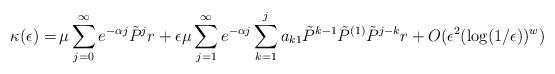
LaTeX: \begin{align*}\kappa(\epsilon) =\,& \mu\sum_{j=0}^{\infty} e^{-\alpha j} \tilde{P}^j r + \epsilon \mu \sum_{j=1}^{\infty}e^{-\alpha j} \sum_{k=1}^{j} a_{k1}\tilde{P}^{k-1}\tilde{P}^{(1)}\tilde{P}^{j-k}r + O(\epsilon^2(\log(1/\epsilon))^w) \end{align*}